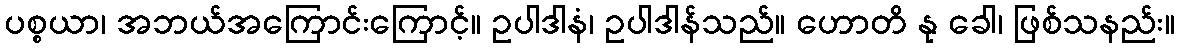
ပစ္စယာ၊ အဘယ်အကြောင်းကြောင့်။ ဥပါဒါနံ၊ ဥပါဒါန်သည်။ ဟောတိ နု ခေါ၊ ဖြစ်သနည်း။